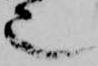
也